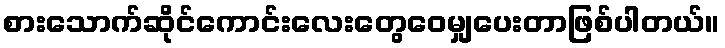
စားသောက်ဆိုင်ကောင်းလေးတွေဝေမျှပေးတာဖြစ်ပါတယ်။